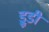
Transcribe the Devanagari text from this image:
ड्रूडी